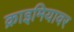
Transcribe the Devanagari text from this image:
क्राइमियावर